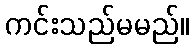
ကင်းသည်မမည်။